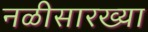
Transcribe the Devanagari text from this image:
नळीसारख्या